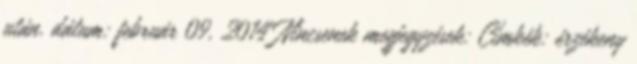
után. dátum: február 09, 2014 Nincsenek megjegyzések: Címkék: érzékeny